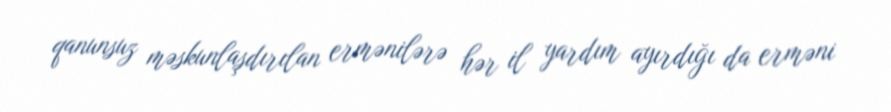
qanunsuz məskunlaşdırılan ermənilərə hər il yardım ayırdığı da erməni